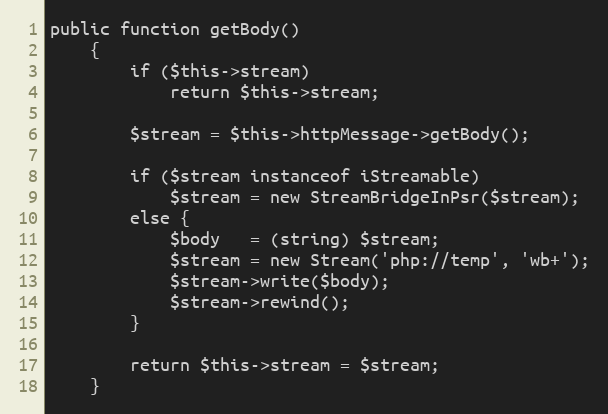
Language: PHP
public function getBody()
    {
        if ($this->stream)
            return $this->stream;

        $stream = $this->httpMessage->getBody();

        if ($stream instanceof iStreamable)
            $stream = new StreamBridgeInPsr($stream);
        else {
            $body   = (string) $stream;
            $stream = new Stream('php://temp', 'wb+');
            $stream->write($body);
            $stream->rewind();
        }

        return $this->stream = $stream;
    }